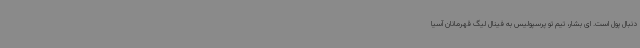
دنبال پول است. ای بشار، تیم تو پرسپولیس به فینال لیگ قهرمانان آسیا